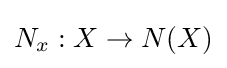
N_{x}:X\to N(X)